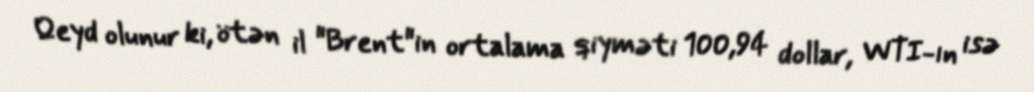
Qeyd olunur ki, ötən il "Brent"in ortalama qiyməti 100,94 dollar, WTI-ın isə